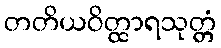
တတိယဝိတ္ထာရသုတ္တံ